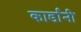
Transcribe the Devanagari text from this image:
कार्डांनी